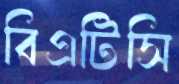
বিএটিসি